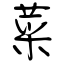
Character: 菜